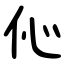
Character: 伈